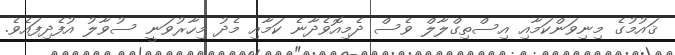
ޤައުމުގެ މިނިވަންކަމާއި އިސްތިގްލާލް ވެސް ދެމިއޮވެދާނެ ކަމާއި މެދު މިހާރުވަނީ ސުވާލު އުފެދިފައެވެ.